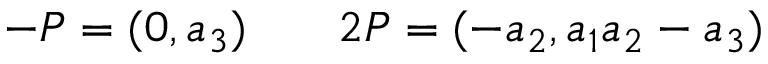
- P = ( 0 , a _ { 3 } ) \; \; \; \; \; \; \; 2 P = ( - a _ { 2 } , a _ { 1 } a _ { 2 } - a _ { 3 } )